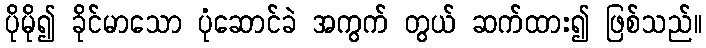
ပိုမို၍ ခိုင်မာသော ပုံဆောင်ခဲ အကွက် တွယ် ဆက်ထား၍ ဖြစ်သည်။